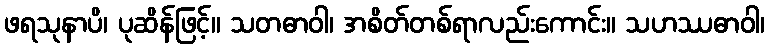
ဖရသုနာပိ၊ ပုဆိန်ဖြင့်။ သတဓာဝါ၊ အစိတ်တစ်ရာလည်းကောင်း။ သဟဿဓာဝါ၊